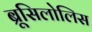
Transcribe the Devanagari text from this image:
ब्रूसिलोलिस